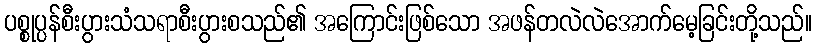
ပစ္စုပ္ပန်စီးပွားသံသရာစီးပွားစသည်၏ အကြောင်းဖြစ်သော အဖန်တလဲလဲအောက်မေ့ခြင်းတို့သည်။